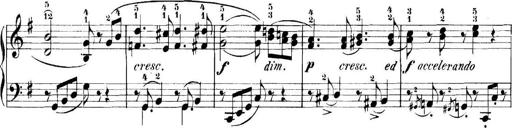
Title: 11 Sonatinas
Composer: Anton Diabelli